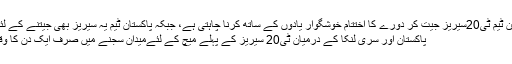
لہٰذا، سری لنکن ٹیم ٹی20سیریز جیت کر دورے کا اختتام خوشگوار یادوں کے ساتھ کرنا چاہتی ہے، جبکہ پاکستان ٹیم یہ سیریز بھی جیتنے کے لئے پرعزم ہے
پاکستان اور سری لنکا کے درمیان ٹی20 سیریز کے پہلے میچ کے لئےمیدان سجنے میں صرف ایک دن کا وقت رہ گیا ہے۔